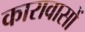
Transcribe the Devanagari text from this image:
कारावासों